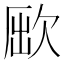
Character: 𣣃